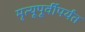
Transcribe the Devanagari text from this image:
मृत्यूपूर्वीपर्यंत